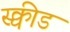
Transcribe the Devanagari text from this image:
स्क्वीड